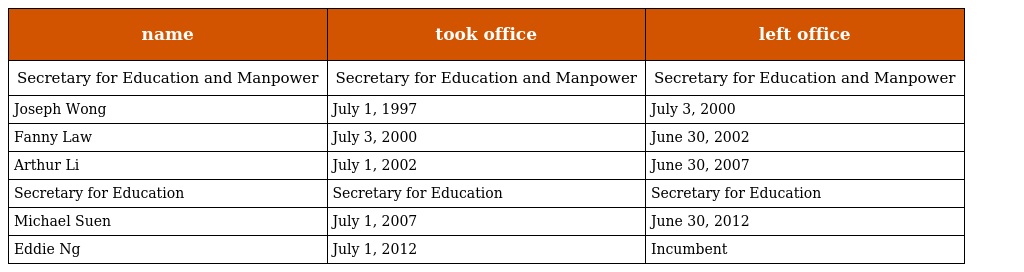
| name | took office | left office |
 | --- | --- | --- |
 | Secretary for Education and Manpower | Secretary for Education and Manpower | Secretary for Education and Manpower |
 | Joseph Wong | July 1, 1997 | July 3, 2000 |
 | Fanny Law | July 3, 2000 | June 30, 2002 |
 | Arthur Li | July 1, 2002 | June 30, 2007 |
 | Secretary for Education | Secretary for Education | Secretary for Education |
 | Michael Suen | July 1, 2007 | June 30, 2012 |
 | Eddie Ng | July 1, 2012 | Incumbent |